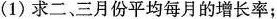
(1)求二、三月份平均每月的增长率；